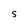
Character: S